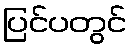
ပြင်ပတွင်